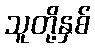
သူတို့နှစ်